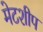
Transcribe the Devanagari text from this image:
मेटशीप